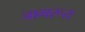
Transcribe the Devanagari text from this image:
जागरूत